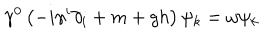
\gamma ^ { 0 } \left( - i \gamma ^ { i } \partial _ { i } + m + g h \right) \psi _ { k } = \omega \psi _ { k }